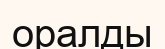
оралды